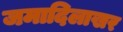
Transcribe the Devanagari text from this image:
जमादिलाखर